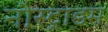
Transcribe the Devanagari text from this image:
नोस्ट्राडम